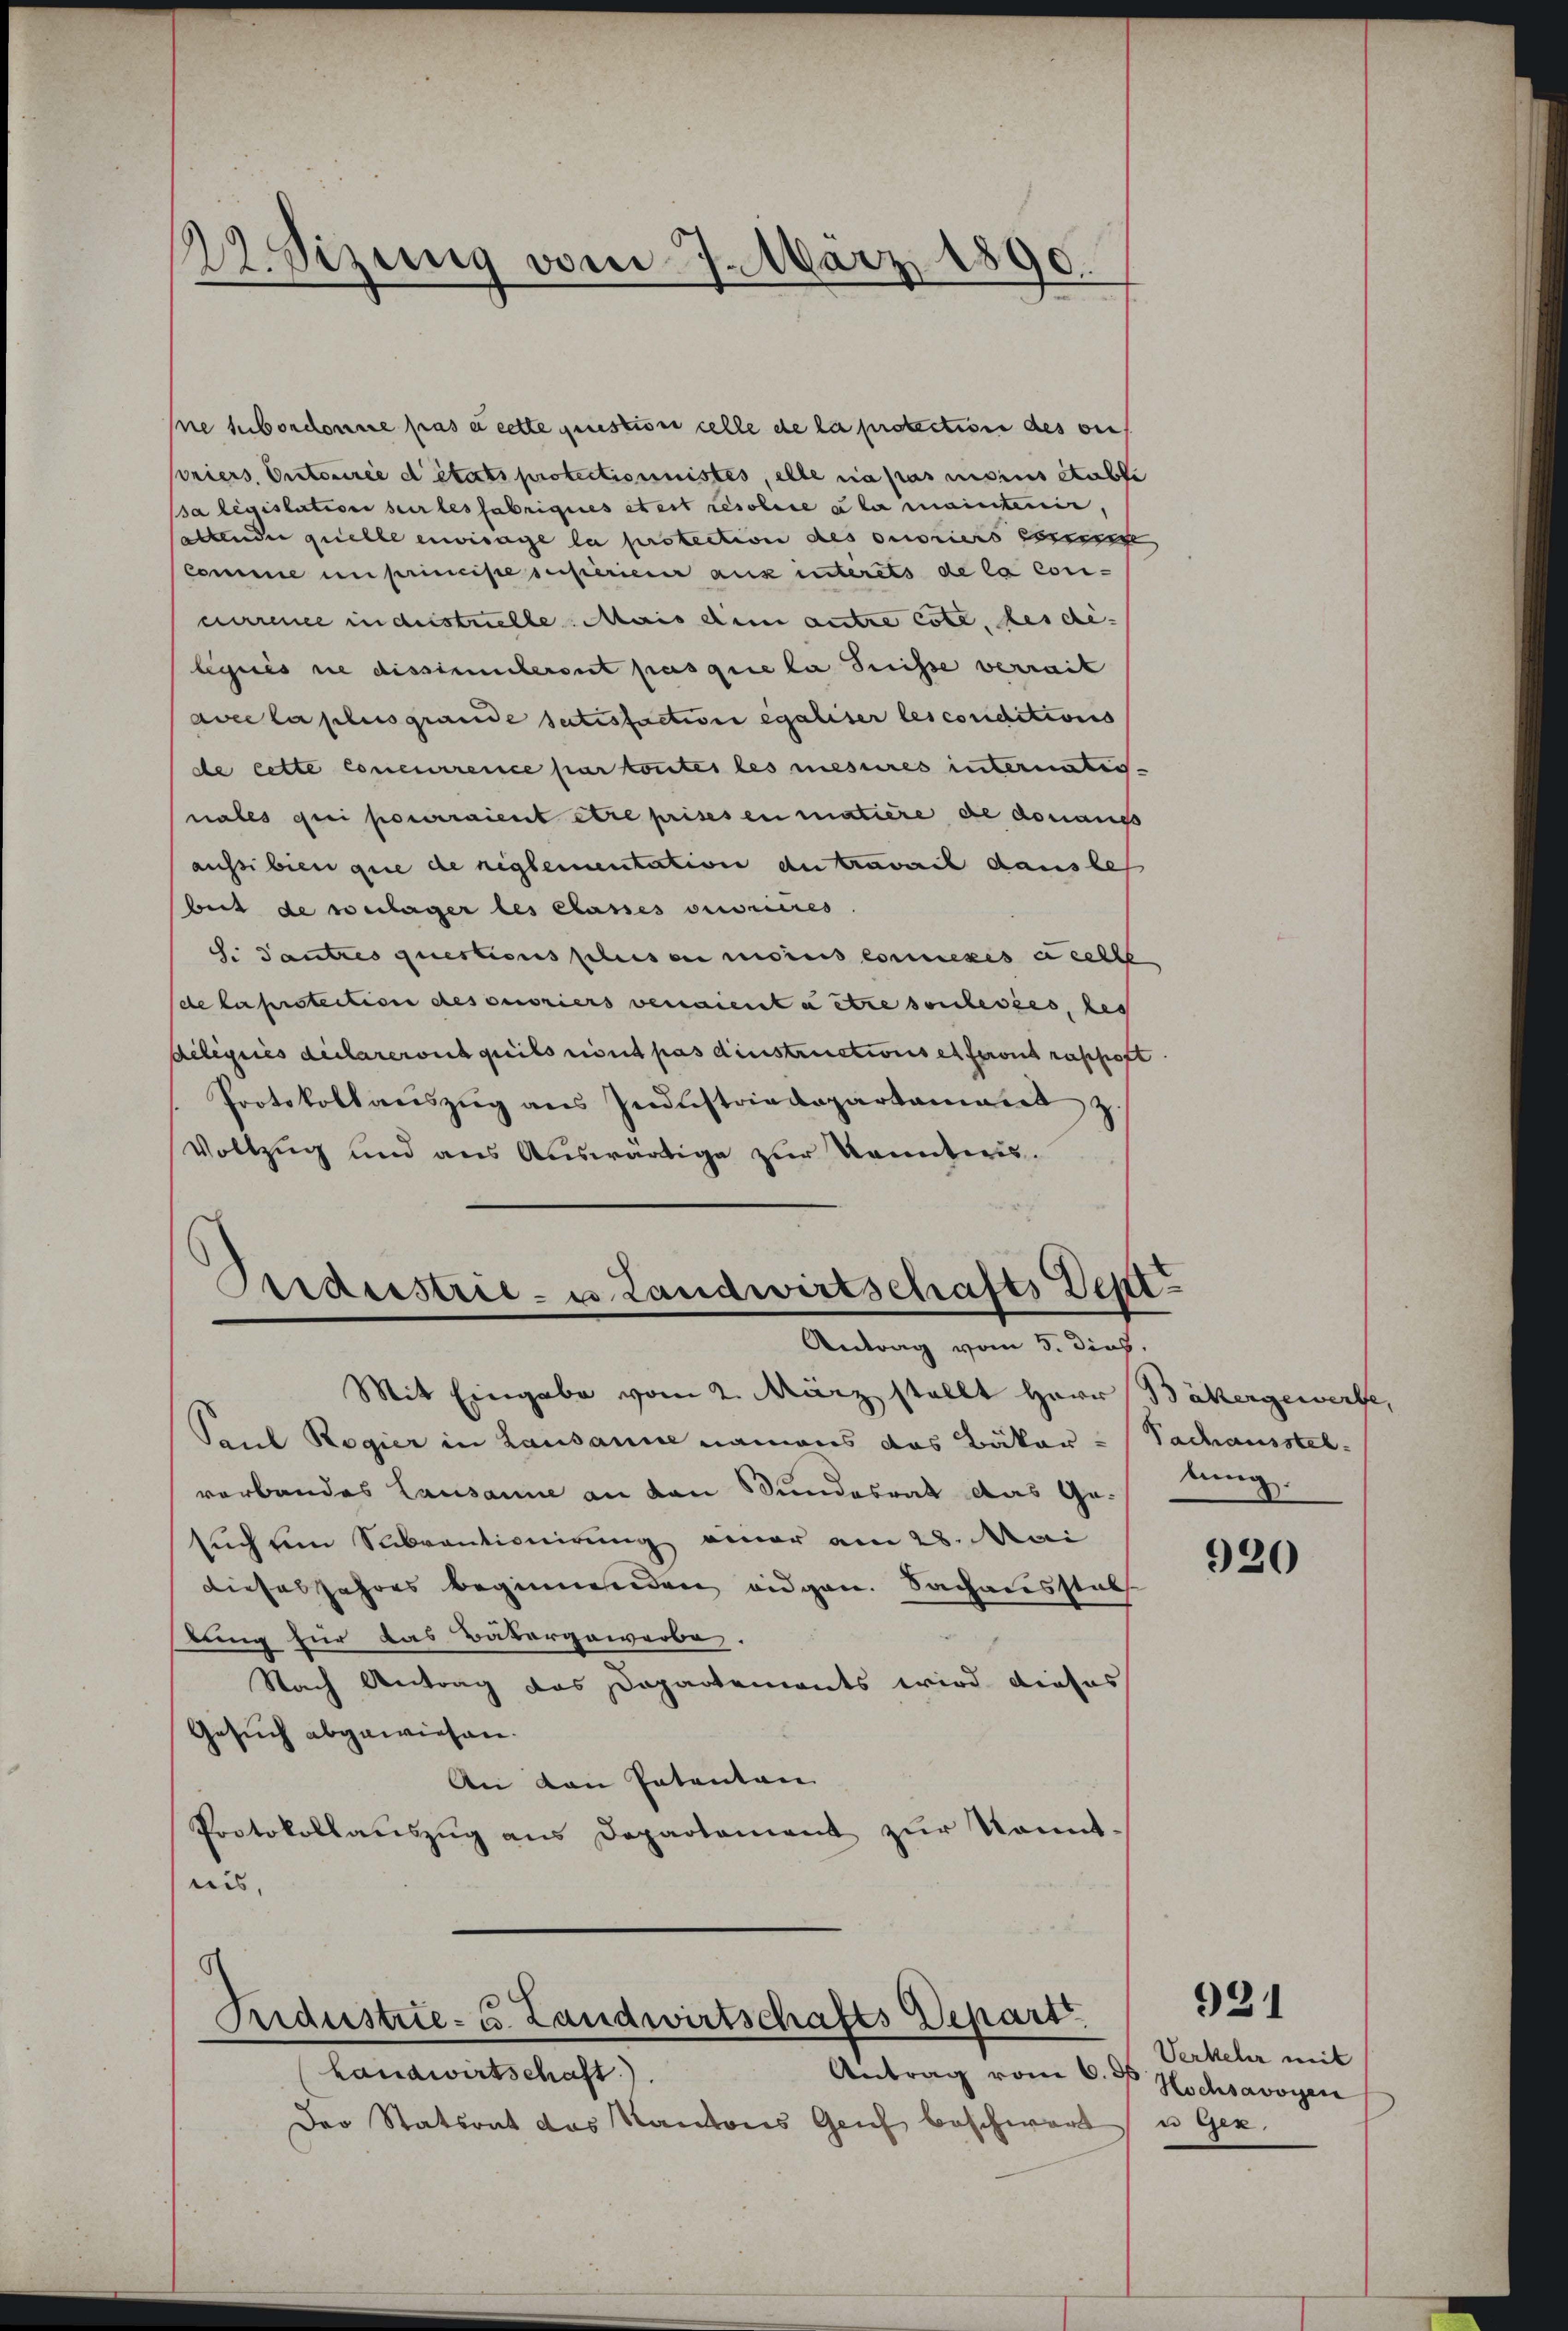
12. Sizung vom 7. März 1890
.

ne subordonne pas à cette grussion celle de la protection des veroriers, Ontocirée d’états protectionnistes, elle sa pas moins etable
sa législation sur les fabriques etest resolire la maintenir,
altender quelle envisage la protection des ouvriers e
scomme unprincipe superiener aus interets de la con-
crence in destelle. Mais dem autre cote, des di
legnis nie dissimuckeront pas que la Suisse verrit
avec la plus grande satisfaction égaliter les conditions
de cette concurrence par toutes les mesures internati-
nales qui pourraient être prises en matière de donaus
aussibien que de reglementation du travait dausbes
beit de verlager les classes ouvrieres
S. Tautres questions plusen moins connexes a selbe
(de la protection des ouvriers veraient à être soulevées, les
Aeligiiés declareront quils rient pas dinstructions et feront raschaft
Protokoll aŭszŭg ans Jndustriedepartament z.
Vollzug und aus Auswärtige zur kanntnis.

Paul Regier in Lausanne namens das Bäker- Sachausstelverbandes Lausanne an den Bundesrat das Ge-
such um Subventionirung einer am 28. Mai
Dieses Jahres beginnenden eidgen. Sachausstat
stung für das Bäkergewerbe.
Nach Antrag das Dapartements wird dieses
Gesuch abgewiesen.
An den Patenten
Protokollaŭszŭg ans Departement zŭr konnt-
nis,

Dirderstrie- u Landwirtschafts Dept¬
Antrag vom 5. dies
Mit Eingabe vom 2. März stellt Herr Bäkergewerfe,

¬
Fridestrie- u. Landwirtschafts Depart

Antrag vom 6. ds
Landwirtschaft).
Der Statsant des Kantons Geich beschwart

bung.

920

Verkehr mit
Hochsavoyen
u Gex,

921